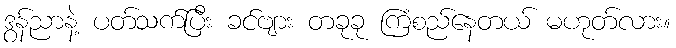
ဒွန်ညာနဲ့ ပတ်သက်ပြီး ခင်ဗျား တခုခု ကြံစည်နေတယ် မဟုတ်လား။